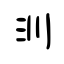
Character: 汌